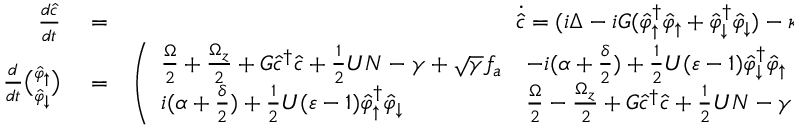
\begin{array} { r l r } { \frac { d \hat { c } } { d t } } & { { } = } & { \dot { \hat { c } } = ( i \Delta - i G ( \hat { \varphi } _ { \uparrow } ^ { \dag } \hat { \varphi } _ { \uparrow } + \hat { \varphi } _ { \downarrow } ^ { \dag } \hat { \varphi } _ { \downarrow } ) - \kappa ) \hat { c } + \eta + \sqrt { 2 \kappa } \hat { c } _ { i n } } \\ { \frac { d } { d t } \binom { \hat { \varphi } _ { \uparrow } } { \hat { \varphi } _ { \downarrow } } } & { { } = } & { \left( \begin{array} { l l } { \frac { \Omega } { 2 } + \frac { \Omega _ { z } } { 2 } + G \hat { c } ^ { \dag } \hat { c } + \frac { 1 } { 2 } U N - \gamma + \sqrt { \gamma } f _ { a } } & { - i ( \alpha + \frac { \delta } { 2 } ) + \frac { 1 } { 2 } U ( \varepsilon - 1 ) \hat { \varphi } _ { \downarrow } ^ { \dag } \hat { \varphi } _ { \uparrow } } \\ { i ( \alpha + \frac { \delta } { 2 } ) + \frac { 1 } { 2 } U ( \varepsilon - 1 ) \hat { \varphi } _ { \uparrow } ^ { \dag } \hat { \varphi } _ { \downarrow } } & { \frac { \Omega } { 2 } - \frac { \Omega _ { z } } { 2 } + G \hat { c } ^ { \dag } \hat { c } + \frac { 1 } { 2 } U N - \gamma + \sqrt { \gamma } f _ { a } } \end{array} \right) \binom { \hat { \varphi } _ { \uparrow } } { \hat { \varphi } _ { \downarrow } } , } \end{array}